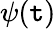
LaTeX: \psi(\mathtt{t})